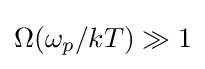
\Omega (\omega _{p}/kT)\gg 1